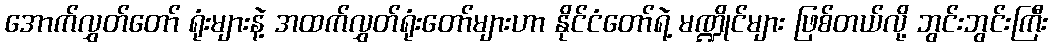
အောက်လွှတ်တော် ရုံးများနဲ့ အထက်လွှတ်ရုံးတော်များဟာ နိုင်ငံတော်ရဲ့ မဏ္ဍိုင်များ ဖြစ်တယ်လို့ ဘွင်းဘွင်းကြီး